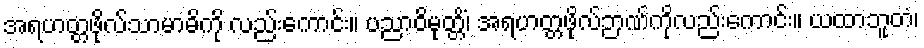
အရဟတ္တဖိုလ်သာမာဓိကို လည်းကောင်း။ ပညာဝိမုတ္တိံ၊ အရဟတ္တဖိုလ်ဉာဏ်ကိုလည်းကောင်း။ ယထာဘူတံ၊